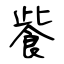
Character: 飺